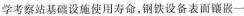
学考察站基础设施使用寿命，钢铁设备表面镶一